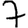
Digit: 7